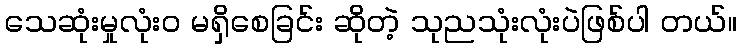
သေဆုံးမှုလုံး၀ မရှိစေခြင်း ဆိုတဲ့ သုညသုံးလုံးပဲဖြစ်ပါ တယ်။